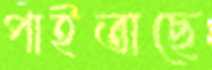
পাইতাছে